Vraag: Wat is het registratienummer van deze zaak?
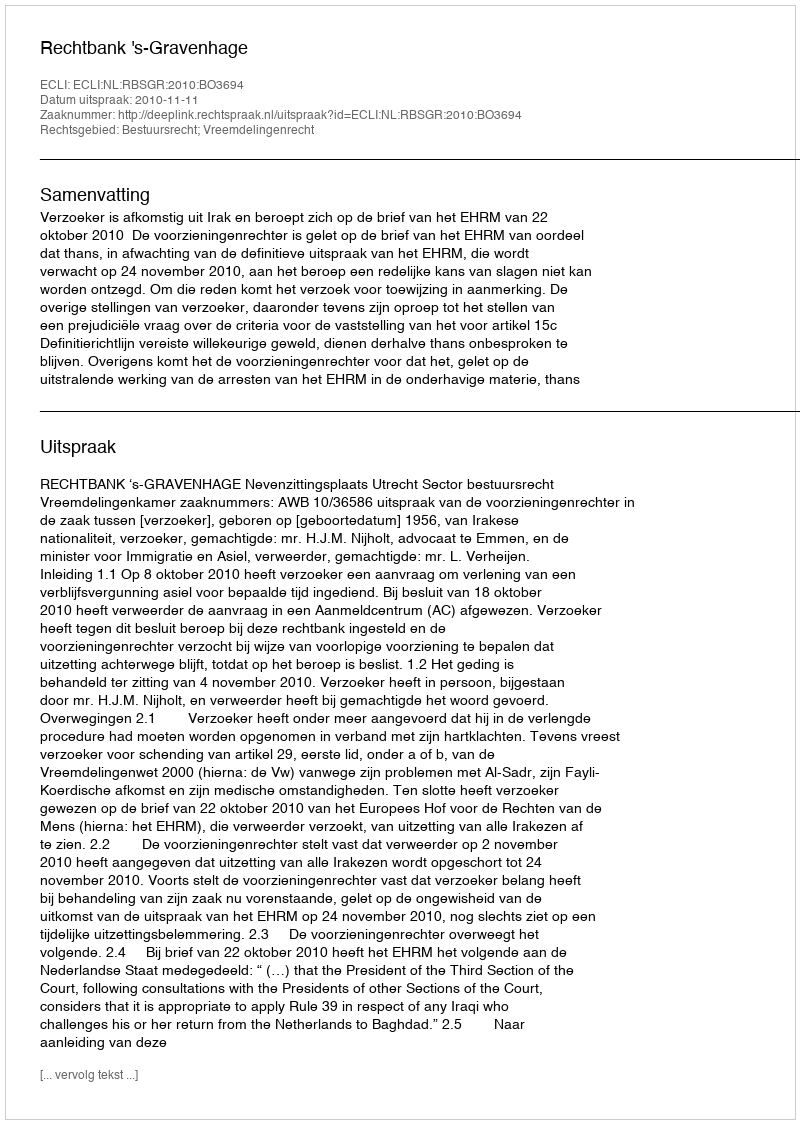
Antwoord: http://deeplink.rechtspraak.nl/uitspraak?id=ECLI:NL:RBSGR:2010:BO3694